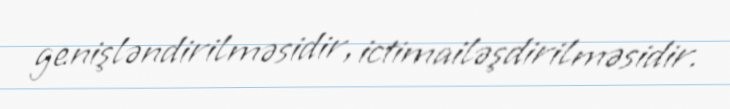
genişləndirilməsidir, ictimailəşdirilməsidir.